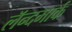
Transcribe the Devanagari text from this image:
लॅन्दमार्क